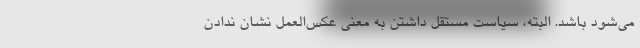
می‌شود باشد. البته، سیاست مستقل داشتن به معنی عکس‌العمل نشان ندادن